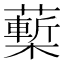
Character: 𧀵